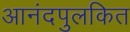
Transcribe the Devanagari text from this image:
आनंदपुलकित